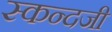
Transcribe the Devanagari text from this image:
स्कन्दजी